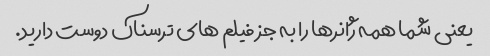
یعنی شما همه ژانرها را به جز فیلم های ترسناک دوست دارید.